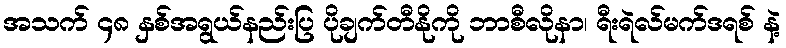
အသက် ၄၈ နှစ်အရွယ်နည်းပြ ပိုချက်တီနိုကို ဘာစီလိုနာ၊ ရီးရဲလ်မက်ဒရစ် နဲ့